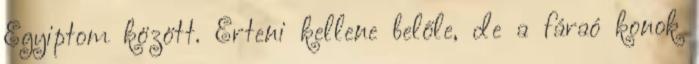
Egyiptom között. Érteni kellene belőle, de a fáraó konok